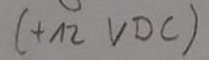
Text: +12 VDC